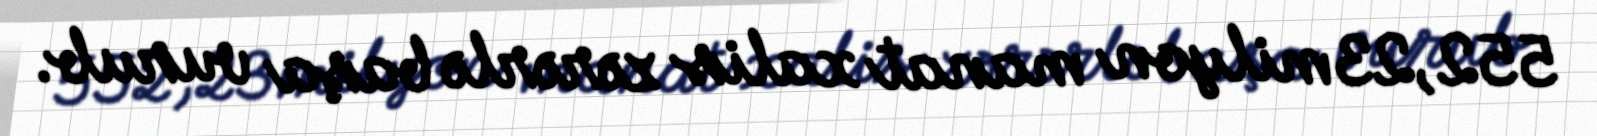
552,23 milyon manat xalis zərərlə başa vurub.